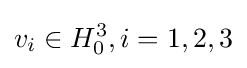
v_{i}\in H_{0}^{3},i=1,2,3